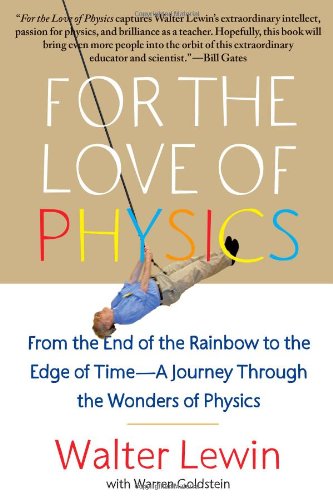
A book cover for For the Love of Physics: From the End of the Rainbow to the Edge of Time - A Journey Through the Wonders of Physics; Walter Lewin; Biographies & Memoirs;